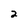
Character: 2